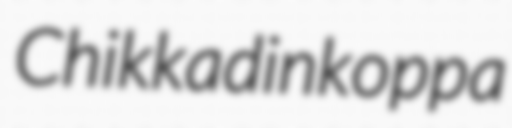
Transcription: Chikkadinkoppa